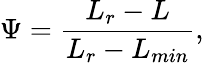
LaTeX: \Psi=\frac{L_{r}-L}{L_{r}-L_{min}},